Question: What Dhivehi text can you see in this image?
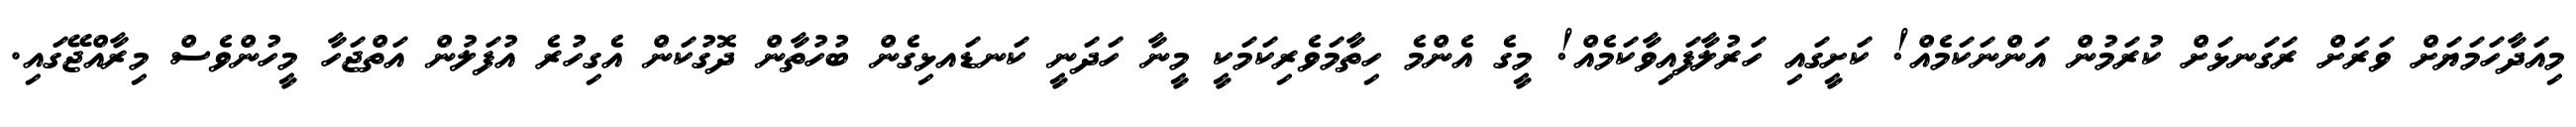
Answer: މިއަދާހަމަޔަށް ވަރަށް ރަގަނޅަށް ކުރަމުން އަންނަކަމެއް! ކަށީގައި ހަރުލާފައިވާކަމެއް! މީގެ އެންމެ ހިތާމަވެރިކަމަކީ މީނާ ހަދަނީ ކަނޑައޅިގެން ބުހުތާން ދޮގުކަން އެގިހުރެ އުފަލުން އަތްޖަހާ މީހުންވެސް މިރާއްޖޭގައި.